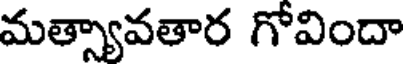
మత్స్యావతార గోవిందా